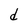
Character: d